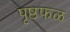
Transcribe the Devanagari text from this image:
पृष्ठफळ